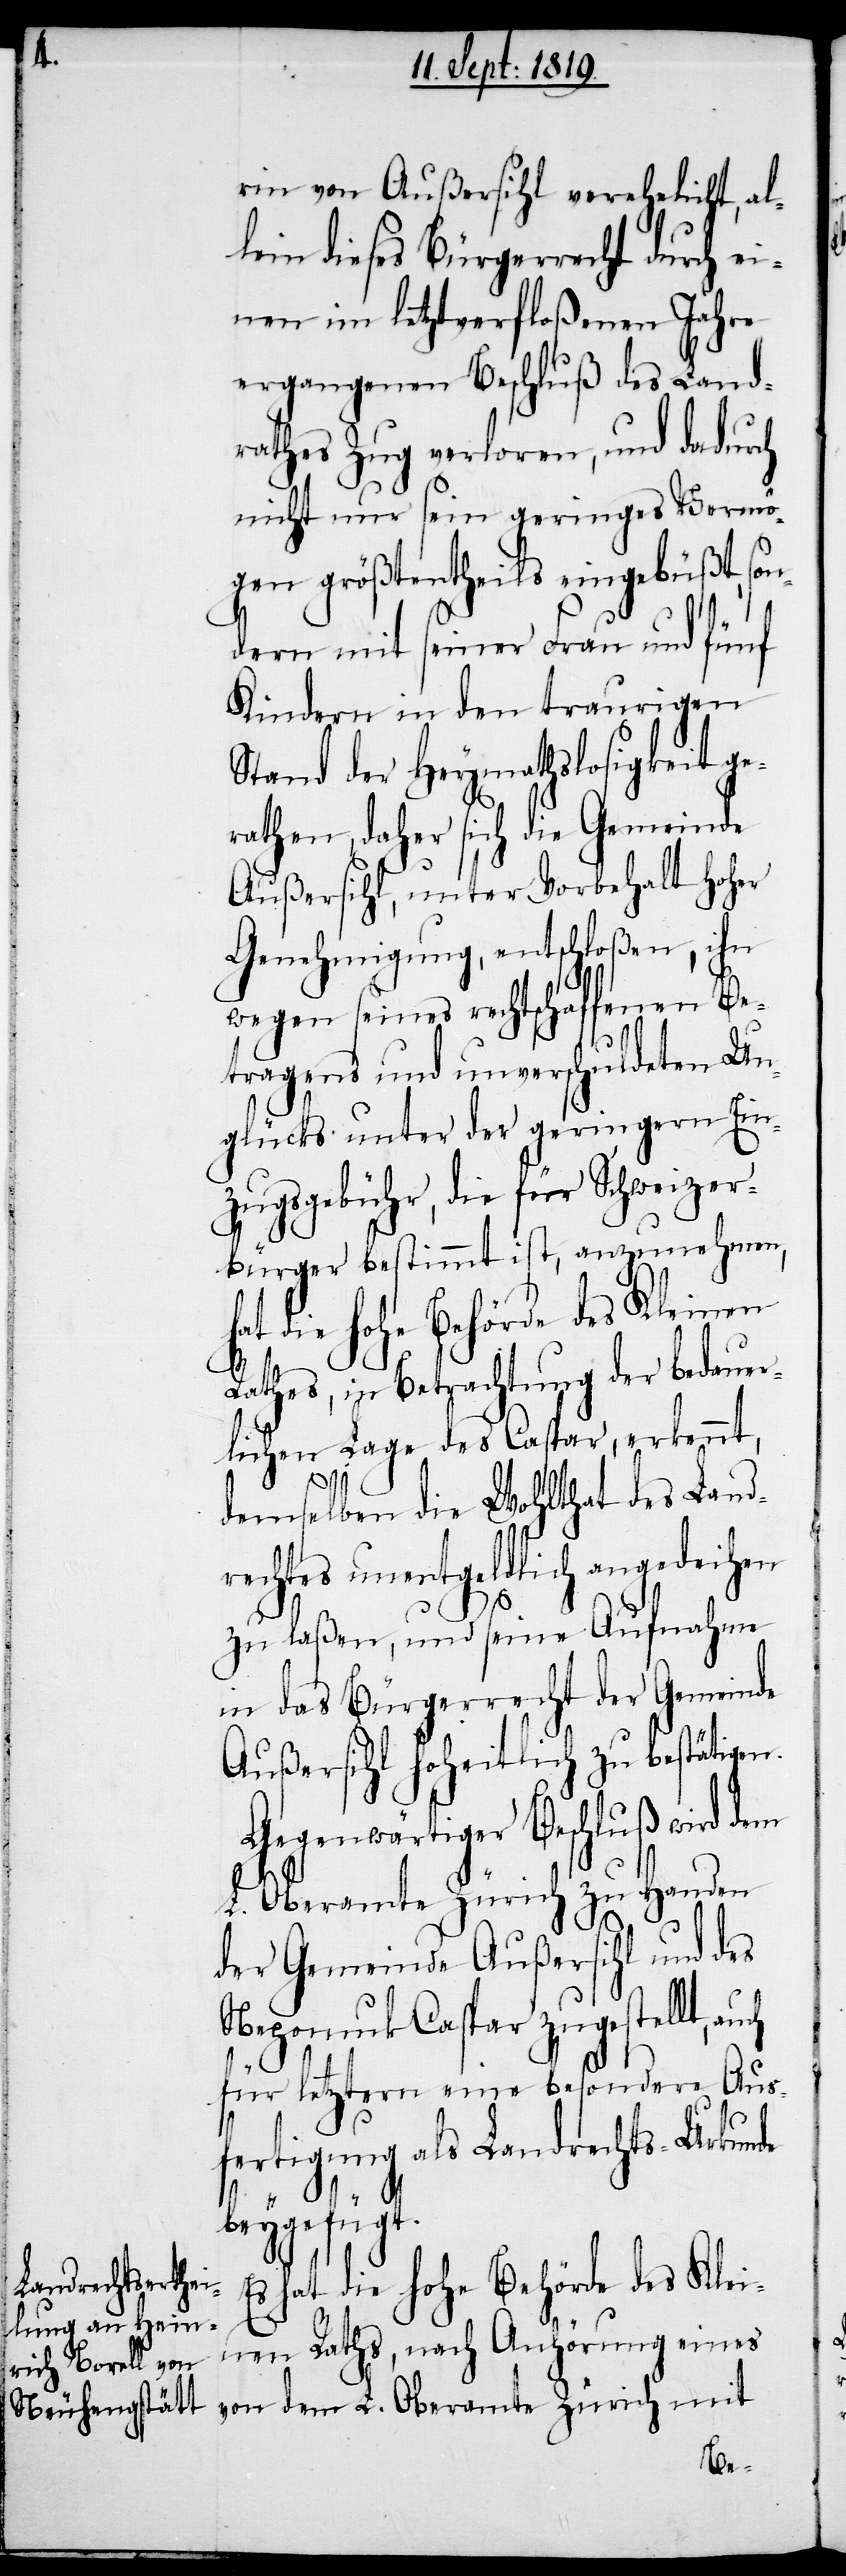
rin von Außersihl verehelicht, al¬
lein dieses Bürgerrecht durch ei¬
nen im letzverfloßenen Jahre
ergangenen Beschluß des Land¬
rathes Zug verloren, und dadurch
nicht nur sein geringes Vermö¬
gen größtentheils eingebüßt, son¬
dern mit seiner Frau und fünf
Kindern in den traurigen
Stand der Heymathslosigkeit ge¬
rathen, daher sich die Gemeinde
Außersihl, unter Vorbehalt hoher
Genehmigung, entschloßen, ihn
L.
wegen seines rechtschaffenen Be¬
tragens und unverschuldeten Un¬
glücks unter der geringern Ein¬
zugsgebühr, die für Schweizer¬
bürger bestimmt ist, anzunehmen,
hat die hohe Behörde des Kleinen
Rathes, in Betrachtung der bedauer¬
lichen Lage des Caspar, erkennt,
mit
demselben die Wohlthat des Land¬
rechtes unentgeldlich angedeihen
zu laßen, und seine Aufnahme
in das Bürgerrecht der Gemeinde
Außersihl hoheitlich zu bestätigen.
Gegenwärtiger Beschluß wird dem
L. Oberamte Zürich zu Handen
der Gemeinde Außersihl und des
Nepomuk Caspar zugestellt,
für letztern eine besondere Aus¬
fertigung, als Landrechts-Urkunde
beygefügt.
Es hat die hohe Behörde des Klei¬
nen Rathes, nach Anhörung eines